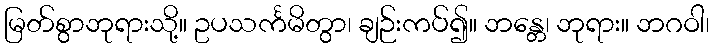
မြတ်စွာဘုရားသို့။ ဥပသင်္ကမိတွာ၊ ချဉ်းကပ်၍။ ဘန္တေ၊ ဘုရား။ ဘဂဝါ၊